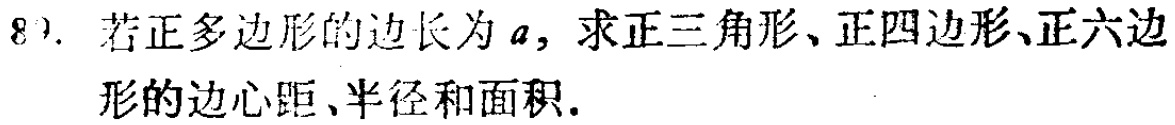
8). 若正多边形的边长为\(a\)，求正三角形、正四边形、正六边形的边心距、半径和面积.